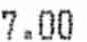
7.00